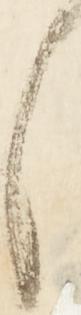
候